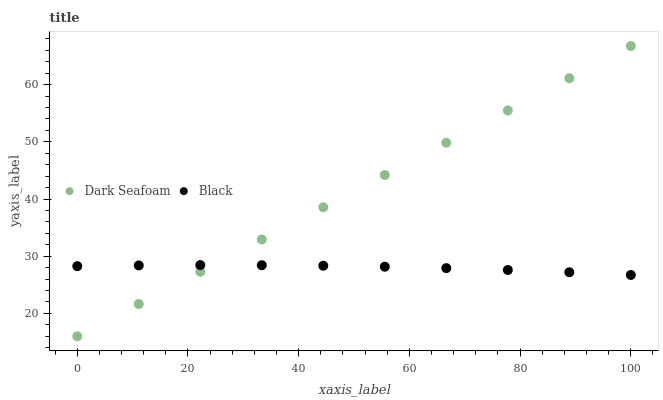
| xaxis_label | Dark Seafoam | Black |
 | --- | --- | --- |
 | 0 | 16 | 28.3 |
 | 11.1 | 21.6 | 28.4 |
 | 22.2 | 27.3 | 28.4 |
 | 33.3 | 32.9 | 28.4 |
 | 44.4 | 38.6 | 28.3 |
 | 55.6 | 44.2 | 28.2 |
 | 66.7 | 49.8 | 27.9 |
 | 77.8 | 55.5 | 27.6 |
 | 88.9 | 61.1 | 27.2 |
 | 100 | 66.8 | 26.7 |